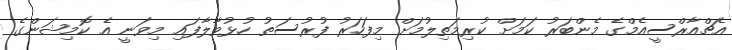
އެޗްއާރްސީއެމްގެ މެންބަރު ކަމަށް ކުރިމަތިލުމަށް މިފަހަރު ފުރުސަތު ހުޅުވާލާފައި މިވަނީ އެ ކޮމިޝަންގެ